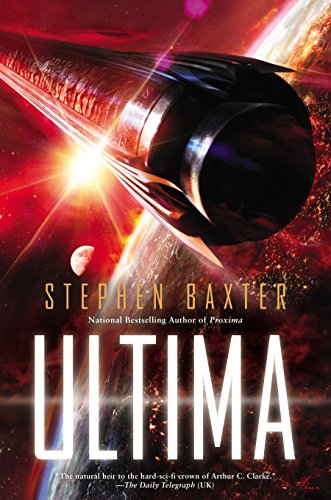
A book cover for Ultima (Proxima); Stephen Baxter; Science Fiction & Fantasy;